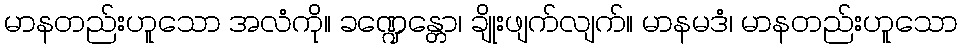
မာနတည်းဟူသော အလံကို။ ခဏ္ဍေန္တော၊ ချိုးဖျက်လျက်။ မာနမဒံ၊ မာနတည်းဟူသော